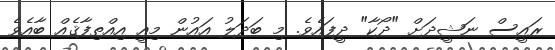
ރައީސް ނަޝީދަށް "ދޯކާ" ދީފައެވެ. މި ބަދަލު އައުން މިއީ އިއްތިފާޤެއް ބާއެވެ